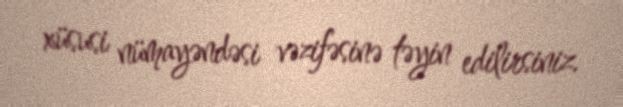
xüsusi nümayəndəsi vəzifəsinə təyin edilirsiniz.